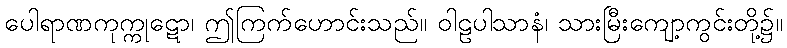
ပေါရာဏကုက္ကုဋော၊ ဤကြက်ဟောင်းသည်။ ဝါဠပါသာနံ၊ သားမြီးကျော့ကွင်းတို့၌။